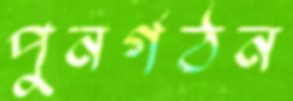
পুনর্গঠন